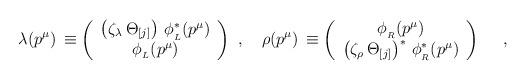
LaTeX: \begin{align*}\lambda(p^\mu)\,\equiv\left(\begin{array}{c}\left(\zeta_\lambda\,\Theta_{[j]}\right)\,\phi^\ast_{_L}(p^\mu)\\\phi_{_L}(p^\mu)\\\end{array}\right)\,\,,\quad\rho(p^\mu)\,\equiv\left(\begin{array}{c}\phi_{_R}(p^\mu)\\\left(\zeta_\rho\,\Theta_{[j]}\right)^\ast\,\phi^\ast_{_R}(p^\mu)\end{array}\right)\,\,\quad,\end{align*}